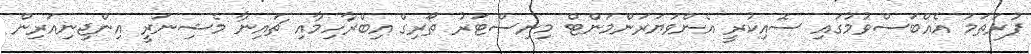
ފުރަތަމަ އެއްބަސްވުމުގައި ސޮއިކުރީ އެންވަޔަރަންމަންޓް މިނިސްޓަރު ތޯރިގް އިބްރާހިމާއި ޗައިނާ މެޝިނަރީ އިންޖިނިއަރިން